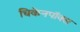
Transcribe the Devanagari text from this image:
चिकेनपॉक्स